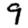
Digit: 9